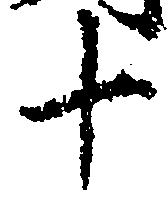
十